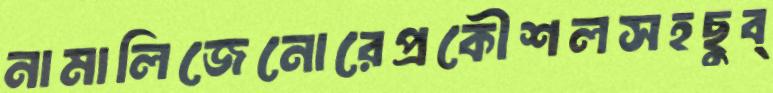
নামালিজেনোরেপ্রকৌশলসহছুব্